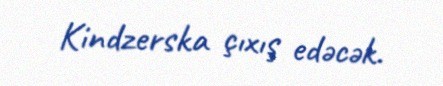
Kindzerska çıxış edəcək.